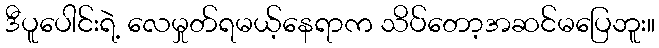
ဒီပူပေါင်းရဲ့ လေမှုတ်ရမယ့်နေရာက သိပ်တော့အဆင်မပြေဘူး။